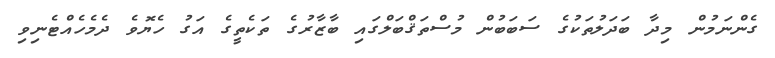
ގެންނަމުން މިދާ ބަދަލުތަކުގެ ސަބަބުން މުސްތަޤްބަލްގައި ބާޒާރުގެ ތަކެތީގެ އަގު ހެޔޮވެ ދެމެހެއްޓެނިވި